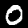
Digit: 0